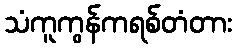
သံကူကွန်ကရစ်တံတား